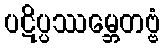
ပဋိပ္ပဿမ္ဘေတဗ္ဗံ